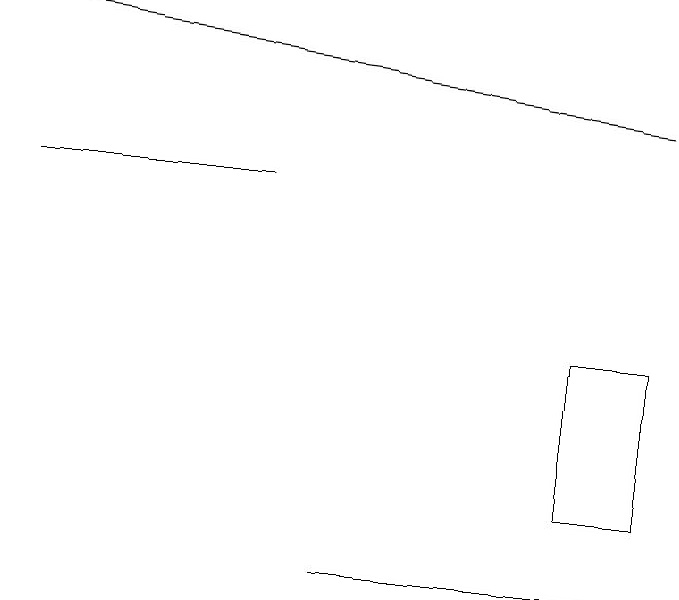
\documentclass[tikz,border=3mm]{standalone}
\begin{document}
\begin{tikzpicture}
\draw (5,10) rectangle (9,10);
\draw[->] (9,16) -- (1,17);
\draw (9,13) rectangle (8,11);
\draw (4,15) rectangle (1,15);
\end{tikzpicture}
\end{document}